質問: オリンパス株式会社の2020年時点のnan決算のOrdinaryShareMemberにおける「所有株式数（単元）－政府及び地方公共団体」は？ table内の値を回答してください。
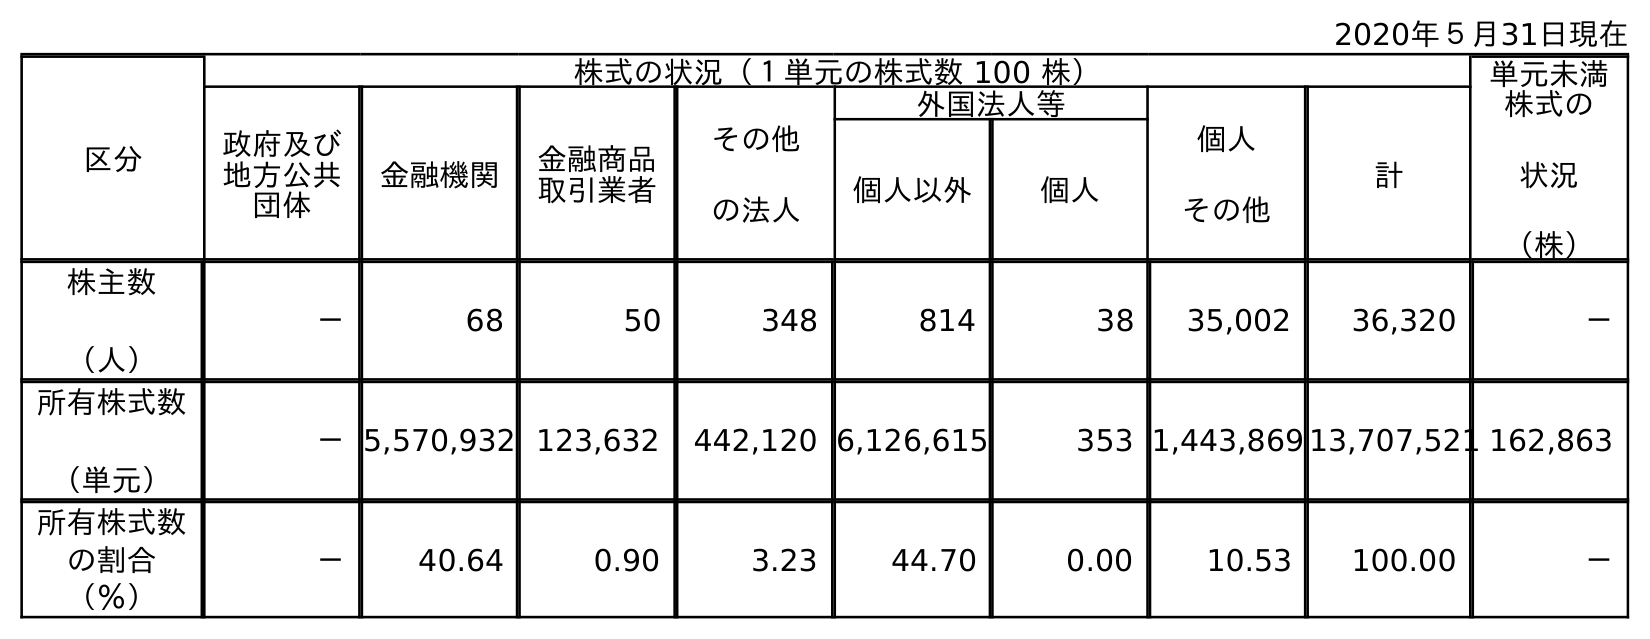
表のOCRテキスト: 2020年５月31日現在 区分 株式の状況（１単元の株式数 100 株） 単元未満 株式の 状況 （株） 政府及び 地方公共 団体 金融機関 金融商品 取引業者 その他 の法人 外国法人等 個人 その他 計 個人以外 個人 株主数 （人） － 68 50 348 814 38 35,002 36,320 － 所有株式数 （単元） －5,570,932 123,632 442,120 6,126,615 353 1,443,869 13,707,521 162,863 所有株式数 の割合 （％） － 40.64 0.90 3.23 44.70 0.00 10.53 100.00 －
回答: －